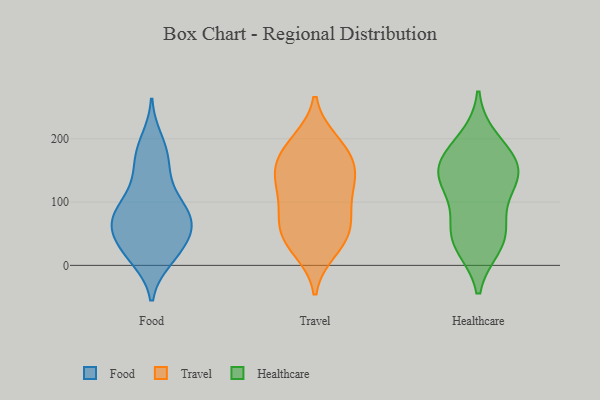
{"axis": {"x": "Population (Million)", "y": "Value"}, "legend": ["Food", "Healthcare", "Travel"], "data": [{"x": "", "y": 126, "type": "Food"}, {"x": "", "y": 94, "type": "Food"}, {"x": "", "y": 72, "type": "Food"}, {"x": "", "y": 108, "type": "Food"}, {"x": "", "y": 10, "type": "Food"}, {"x": "", "y": 22, "type": "Food"}, {"x": "", "y": 74, "type": "Food"}, {"x": "", "y": 51, "type": "Food"}, {"x": "", "y": 73, "type": "Food"}, {"x": "", "y": 198, "type": "Food"}, {"x": "", "y": 11, "type": "Food"}, {"x": "", "y": 175, "type": "Food"}, {"x": "", "y": 74, "type": "Food"}, {"x": "", "y": 26, "type": "Food"}, {"x": "", "y": 53, "type": "Food"}, {"x": "", "y": 174, "type": "Food"}, {"x": "", "y": 80, "type": "Food"}, {"x": "", "y": 151, "type": "Food"}, {"x": "", "y": 45, "type": "Food"}, {"x": "", "y": 194, "type": "Travel"}, {"x": "", "y": 159, "type": "Travel"}, {"x": "", "y": 34, "type": "Travel"}, {"x": "", "y": 83, "type": "Travel"}, {"x": "", "y": 44, "type": "Travel"}, {"x": "", "y": 121, "type": "Travel"}, {"x": "", "y": 24, "type": "Travel"}, {"x": "", "y": 74, "type": "Travel"}, {"x": "", "y": 166, "type": "Travel"}, {"x": "", "y": 173, "type": "Travel"}, {"x": "", "y": 128, "type": "Travel"}, {"x": "", "y": 196, "type": "Travel"}, {"x": "", "y": 77, "type": "Travel"}, {"x": "", "y": 51, "type": "Travel"}, {"x": "", "y": 129, "type": "Travel"}, {"x": "", "y": 142, "type": "Travel"}, {"x": "", "y": 198, "type": "Healthcare"}, {"x": "", "y": 150, "type": "Healthcare"}, {"x": "", "y": 162, "type": "Healthcare"}, {"x": "", "y": 122, "type": "Healthcare"}, {"x": "", "y": 131, "type": "Healthcare"}, {"x": "", "y": 46, "type": "Healthcare"}, {"x": "", "y": 40, "type": "Healthcare"}, {"x": "", "y": 172, "type": "Healthcare"}, {"x": "", "y": 32, "type": "Healthcare"}, {"x": "", "y": 69, "type": "Healthcare"}, {"x": "", "y": 143, "type": "Healthcare"}]}